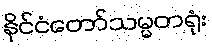
နိုင်ငံတော်သမ္မတရုံး